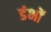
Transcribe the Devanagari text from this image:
डंभों